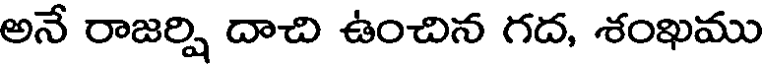
అనే రాజర్ని దాచి ఉంచిన గద, శంఖము